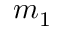
m _ { 1 }